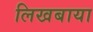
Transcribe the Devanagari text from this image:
लिखबाया